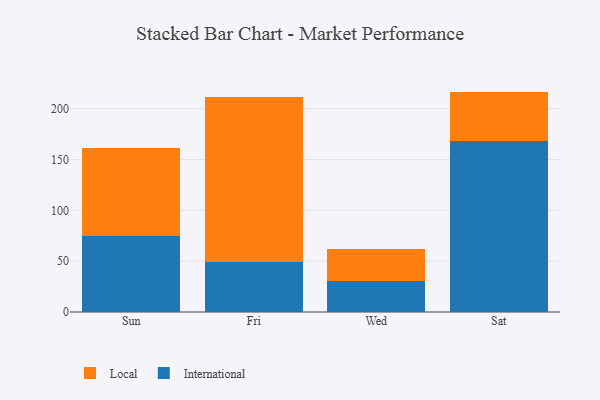
{"axis": {"x": "Day", "y": "Budget (USD K)"}, "legend": ["International", "Local"], "data": [{"x": "Sun", "y": 74.4, "type": "International"}, {"x": "Sun", "y": 86.7, "type": "Local"}, {"x": "Fri", "y": 48.8, "type": "International"}, {"x": "Fri", "y": 162.3, "type": "Local"}, {"x": "Wed", "y": 30.9, "type": "International"}, {"x": "Wed", "y": 31.4, "type": "Local"}, {"x": "Sat", "y": 168.1, "type": "International"}, {"x": "Sat", "y": 48.7, "type": "Local"}]}